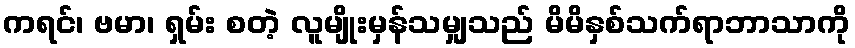
ကရင်၊ ဗမာ၊ ရှမ်း စတဲ့ လူမျိုးမှန်သမျှသည် မိမိနှစ်သက်ရာဘာသာကို